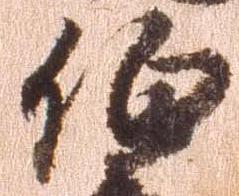
伯